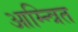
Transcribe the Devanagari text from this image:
आम्न्त्रित